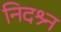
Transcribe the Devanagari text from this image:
निदश्र्न